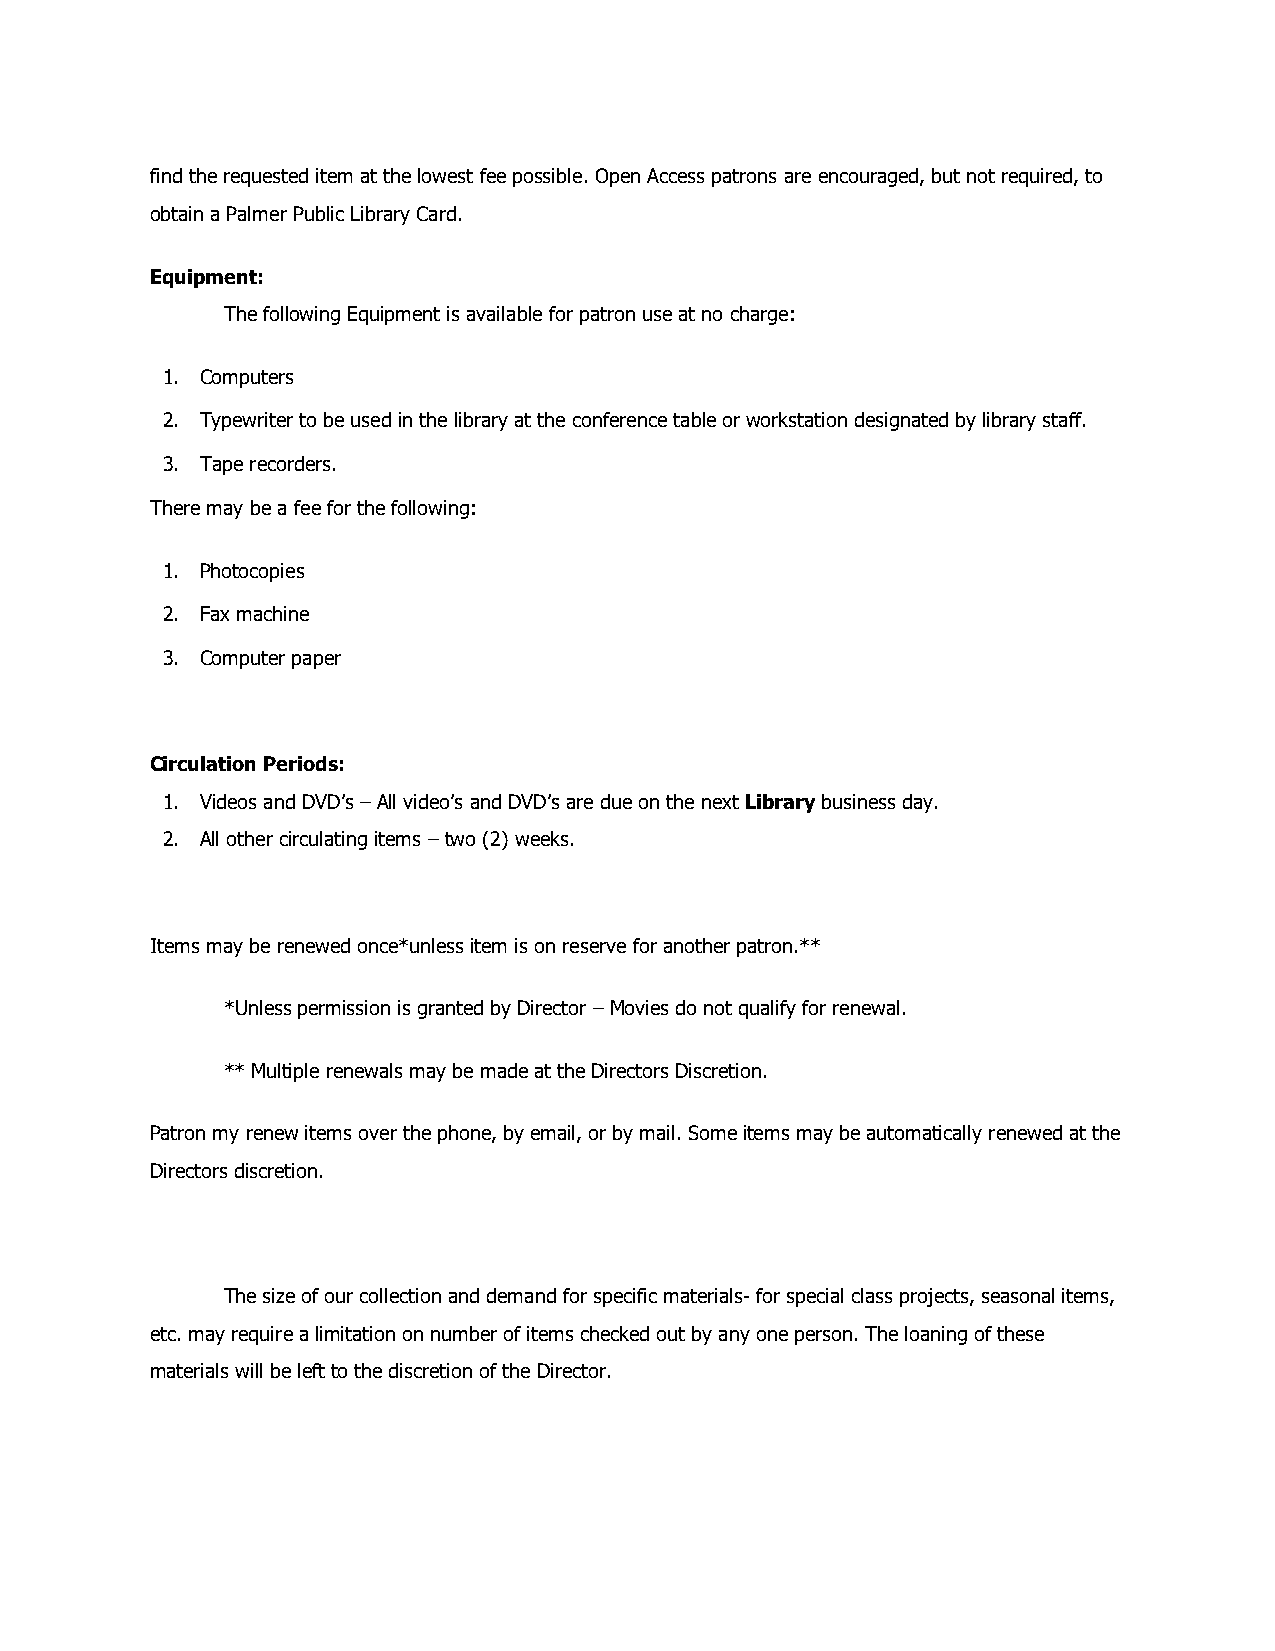
find the requested item at the lowest fee possible. Open Access patrons are encouraged, but not required, to
 obtain a Palmer Public Library Card.
 Equipment:
 The following Equipment is available for patron use at no charge:
 1. Computers
 2. Typewriter to be used in the library at the conference table or workstation designated by library staff.
 3. Tape recorders.
 There may be a fee for the following:
 1. Photocopies
 2. Fax machine
 3. Computer paper
 Circulation Periods:
 1. Videos and DVD’s – All video’s and DVD’s are due on the next Library business day.
 2. All other circulating items – two (2) weeks.
 Items may be renewed once*unless item is on reserve for another patron.**
 *Unless permission is granted by Director – Movies do not qualify for renewal.
 ** Multiple renewals may be made at the Directors Discretion.
 Patron my renew items over the phone, by email, or by mail. Some items may be automatically renewed at the
 Directors discretion.
 The size of our collection and demand for specific materials- for special class projects, seasonal items,
 etc. may require a limitation on number of items checked out by any one person. The loaning of these
 materials will be left to the discretion of the Director.